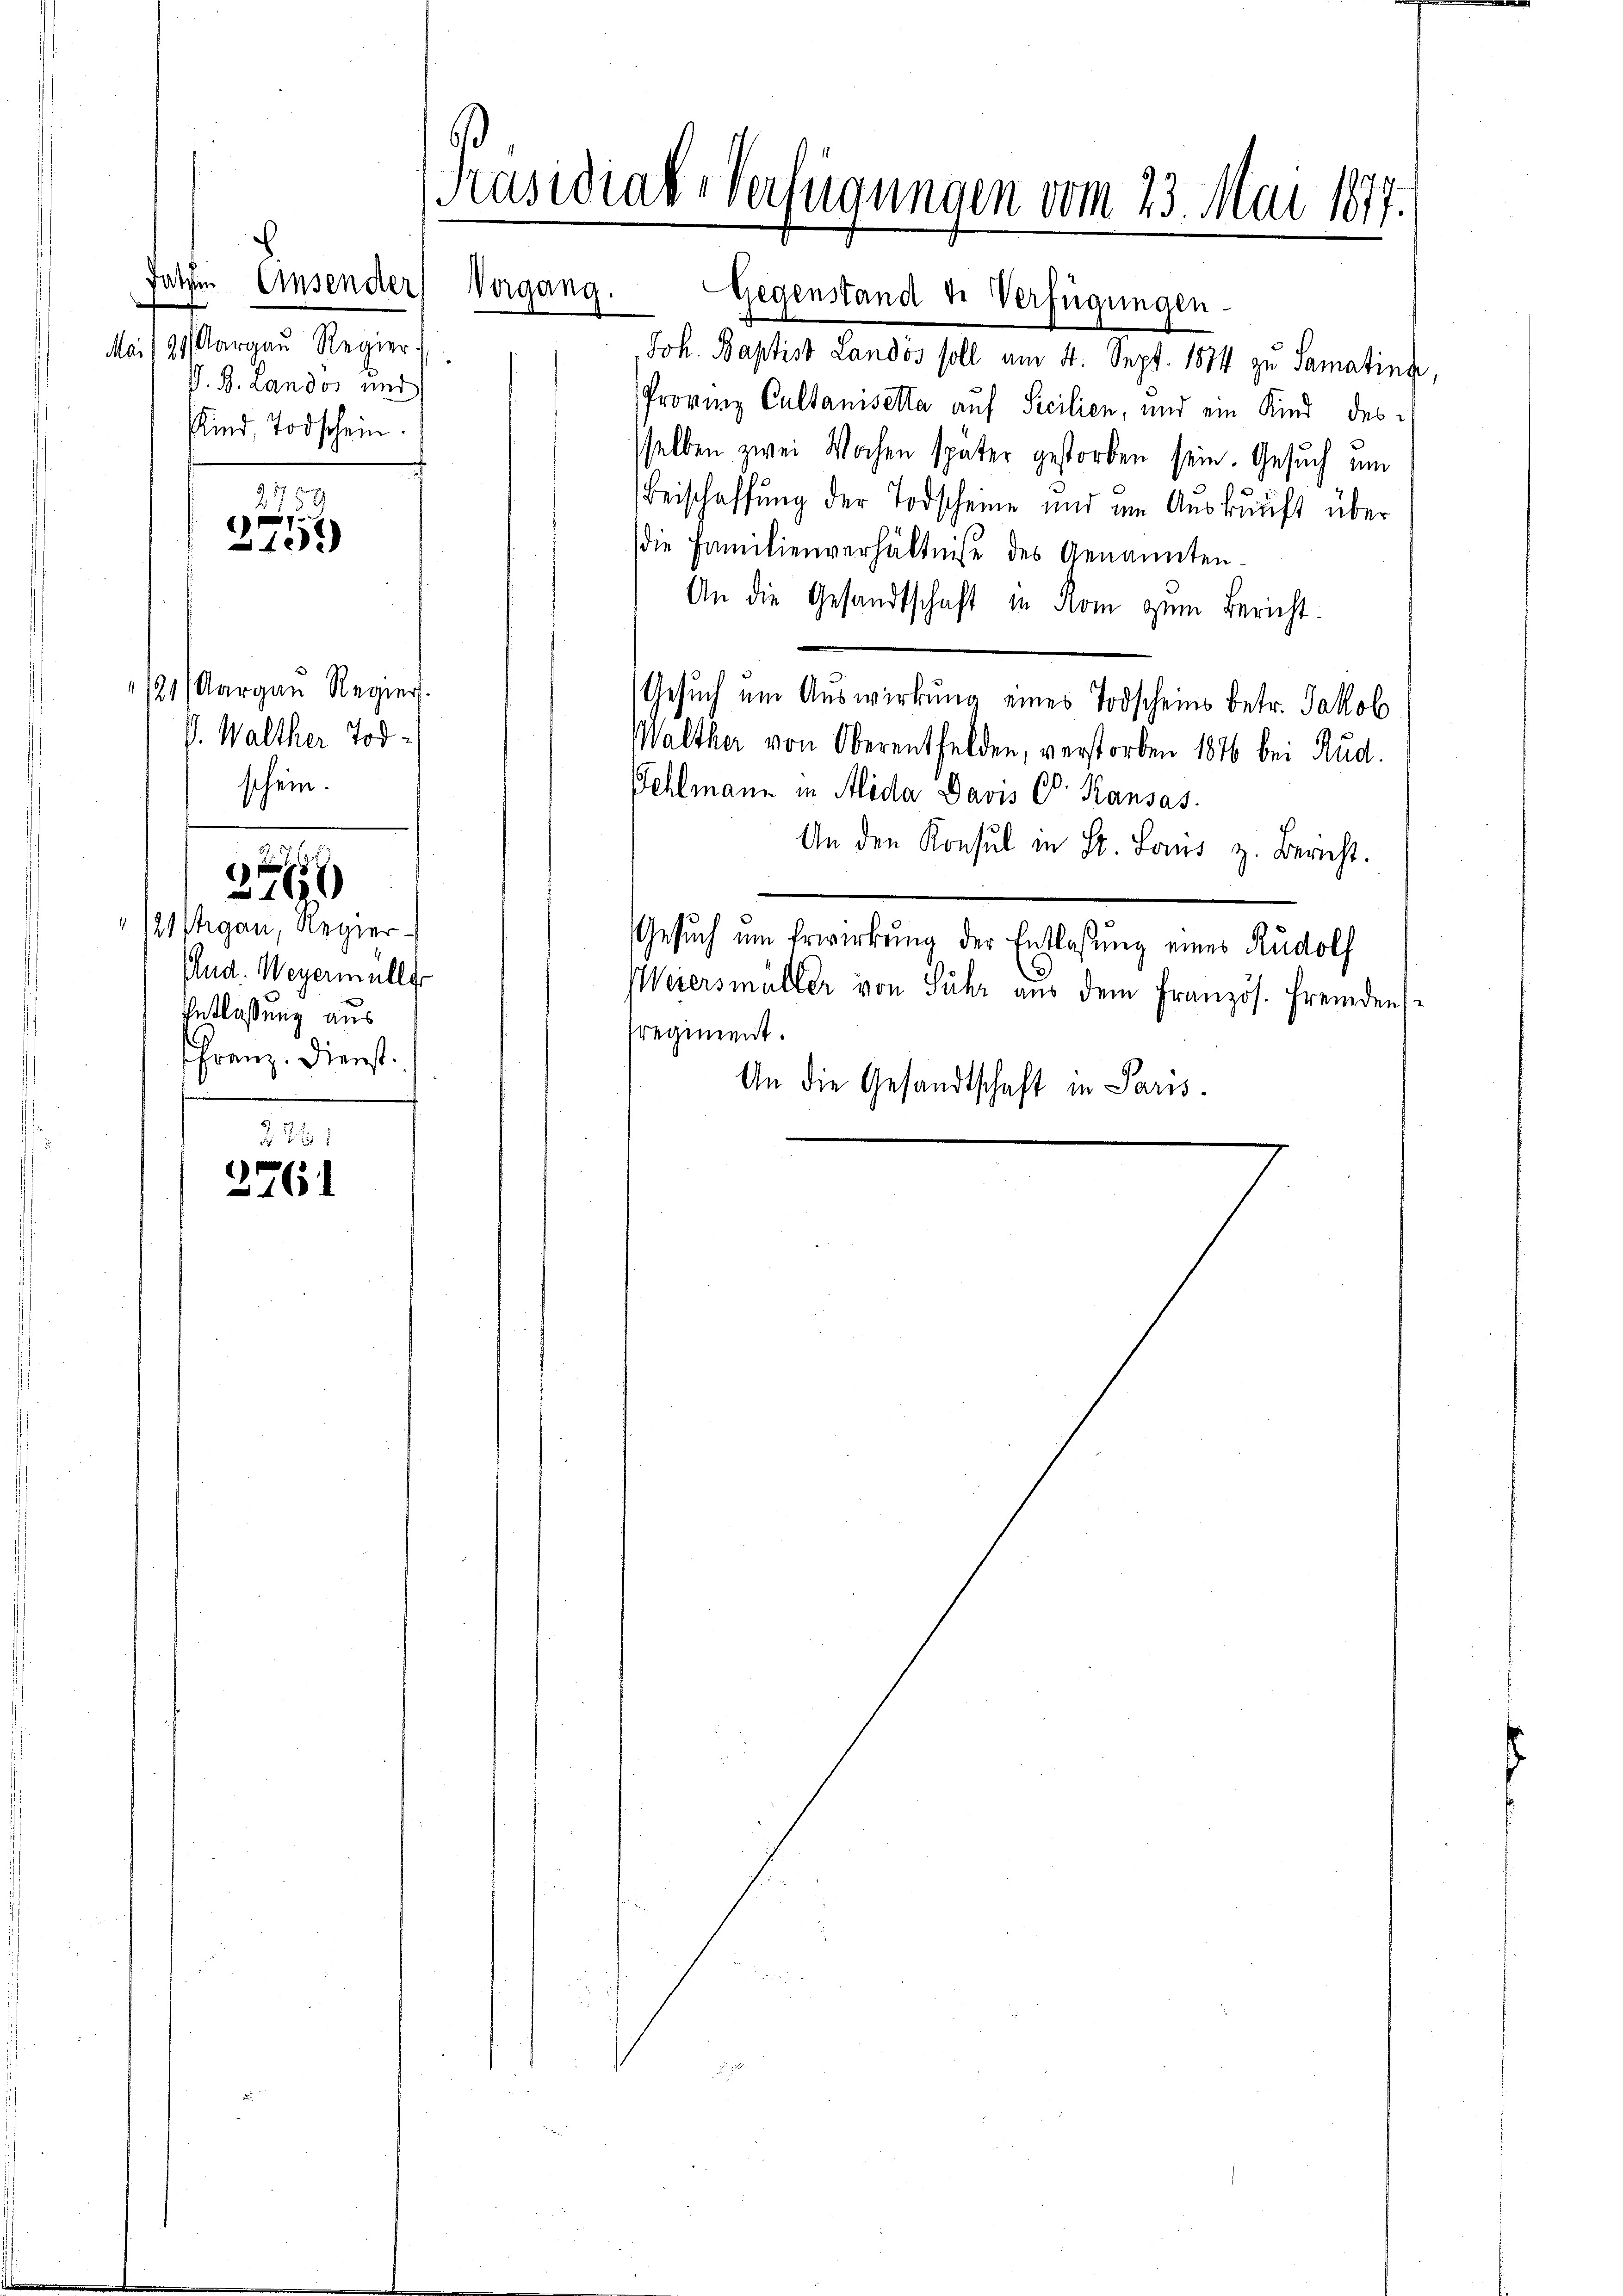
21 (Aargau Regier
V. Walther Tod
schein.

/sgau, Regier
And. Weyermüller
Entlaßung aus
Franz. Dienst

25

2261
2761

s
Falchen Einsender
Mai 191 Aargau Regier
P. B. Landos und
Kind, Todschein.
2759
9
40.)

Kasidial-Verfügungen vom 23. Mai 1877.

Vergang.

Joh. Baptist Landos soll am 4. Sept. 1874 zu Samatina
Provinz Cultanisella auf Secilien, und ein Kind des
sselben zwei Wochen später gestorben sein. Gesuch um
Beischaffung der Todscheine und im Auskunft über
die Familienverhältniße des Genannten
An die Gesandtschaft in Rom zum Bericht.
Gesuch um Auswirkung eines Todscheins betr. Jakob
Walther von Oberentfelden, verstorben 1876 bei Rud.
Fehlmann in Alida Davis C. Kansas
An den Konsul in St. Laŭs z. Bericht.
Gesŭch um Erwirkŭng der Entlaßung eines Rudolf
Weiersmüller von Suhr aus dem Französ. Fremdenstregiment.
An die Gesandtschaft in Paris.

d

Gegenstand de Verfügungen.